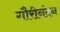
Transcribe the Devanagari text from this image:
गौरीनंदन